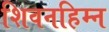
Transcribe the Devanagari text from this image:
शिवनहिम्न